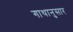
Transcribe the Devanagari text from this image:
गाथानुसार